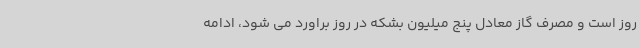
روز است و مصرف گاز معادل پنج میلیون بشکه در روز براورد می شود، ادامه